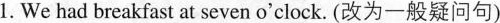
1.We had breakfast at seven o'clock. (改为一般疑问句)